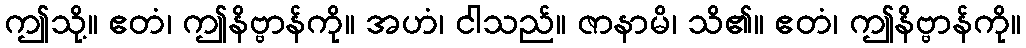
ဤသို့။ ဧတံ၊ ဤနိဗ္ဗာန်ကို။ အဟံ၊ ငါသည်။ ဇာနာမိ၊ သိ၏။ ဧတံ၊ ဤနိဗ္ဗာန်ကို။